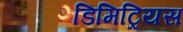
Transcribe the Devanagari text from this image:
डिमिट्रियस